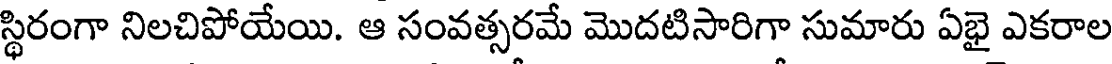
స్థిరంగా నిలచిపోయేయి. ఆ సంవత్సరమే మొదటిసారిగా సుమారు ఏభై ఎకరాల